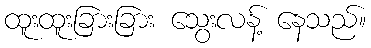
ထူးထူးခြားခြား သွေးလန့် နေသည်။